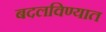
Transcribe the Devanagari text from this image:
बदलविण्यात